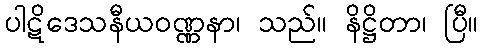
ပါဋိဒေသနီယဝဏ္ဏနာ၊ သည်။ နိဋ္ဌိတာ၊ ပြီ။